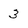
Character: 3